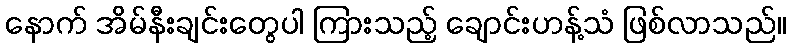
နောက် အိမ်နီးချင်းတွေပါ ကြားသည့် ချောင်းဟန့်သံ ဖြစ်လာသည်။